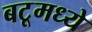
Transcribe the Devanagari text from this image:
बटूमध्ये